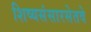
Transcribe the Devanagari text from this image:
शिष्यसंसारसेतवे